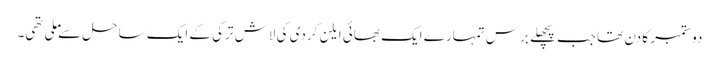
دو ستمبر کا دن تھا جب پچھلے برس تمہارے ایک بھائی ایلن کردی کی لاش ترکی کے ایک ساحل سے ملی تھی۔